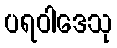
ပရဝါဒေသု